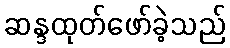
ဆန္ဒထုတ်ဖော်ခဲ့သည်